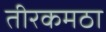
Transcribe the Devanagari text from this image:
तीरकमठा